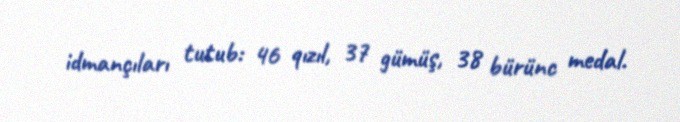
idmançıları tutub: 46 qızıl, 37 gümüş, 38 bürünc medal.